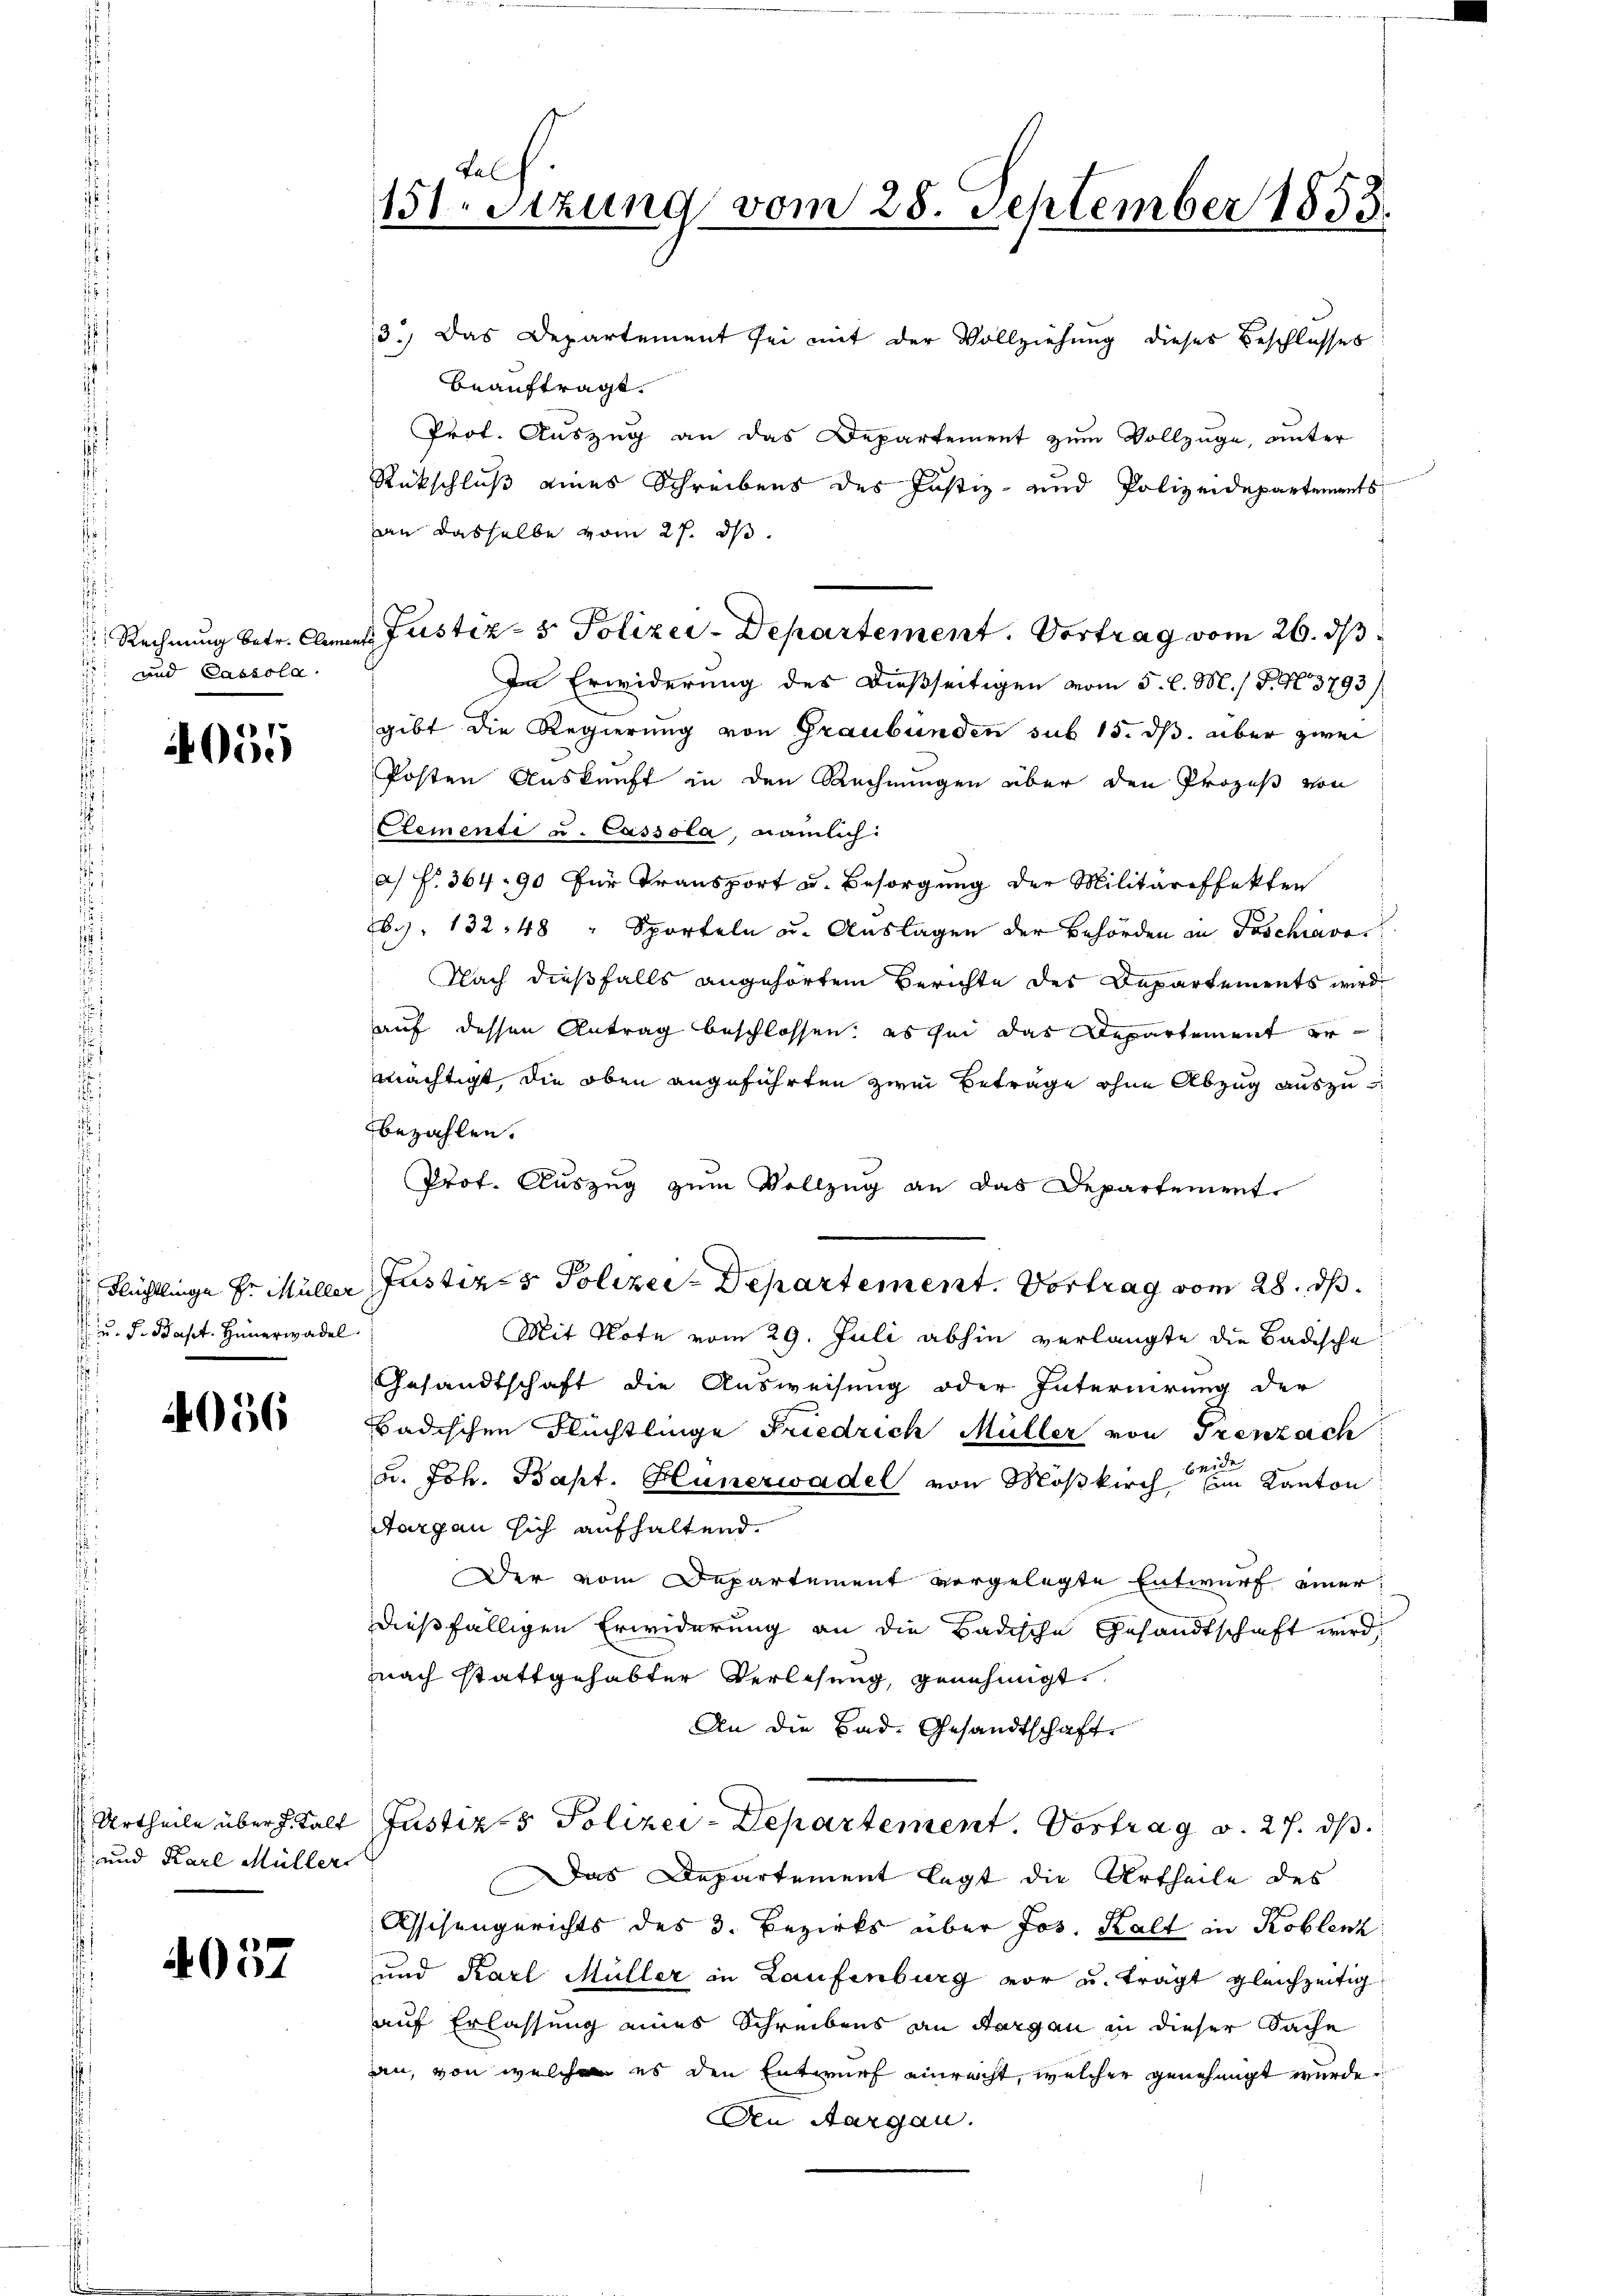
Fal
151. Sitzung vom 28. September 1853.

3.) Das Departement sei mit der Vollziehung dieser Beschlusses
beauftragt.
Prof. Auszug an das Departement zum Vollzuge, unter
Rückschluß eines Schreibens des Justiz- und Polizeidepartements
an dasselbe vom 27. ds.
 Rechnung betr. Anna Justiz- & Polizer-Departement. Vortrag vom 26. ds
In Erwiderung des dießseitigen vom 5. l. M. / P. N. 3793/
gibt die Regierung von Graubünden sub 15. ds. über zwei
Posten Auskunft in den Rechnungen über den Prozeß von
Clementi u. Cassola, nämlich:
a. f. 364. 90 für Transport u. Besorgung der Militäreffekten
6), 132, 48 " Sporteln u. Auslagen der Behörden in Poschiavo
Nach dießfalls angehörtem Berichte des Departements wird
auf dessen Antrag beschlossen, es sei das Repartement er
mächtigt, die oben angeführten zwei Beträge ohne Abzug auszubezahlen.
Prof. Auszug zum Vollzug an das Departement.
Flüchtlinge Hr. Müller Justiz- & Polizei-Departement. Vortrag vom 28. ds.
Mit Note vom 29. Juli abhin verlangte die Badische
Gesandtschaft die Ausweisung oder Internirung der
Badischen Flüchtlinge Friedrich Müller von Trenzach
u. Joh. Bapt. Hünerwadel von Moskirchen Kanton
Aargau sich aufhaltend.
Der vom Departement vorgelegte Entwurf einer
dießfälligen Erwiderung an die Badische Gesandtschaft wird,
Nach stattgehabter Verlesung, genehmigt.
An die Bad- Gesandtschaft.
Justiz- & Polizei-Departement. Vortrag v. 27. ds.
Das Departement legt die Urtheile des
Assisengerichts des 3. Bezirks über Jos. Kalt in Koblenz
und Karl Müller in Laufenburg vor u. trägt gleichzeitig
auf Erlassung eines Schreibens an Aargau in dieser Sache
an, von welchen es den Entwurf einrecht, welcher genehmigt wurde.
Den Aargau.

und Cassola
.

55

u. d. Bapt. Hünerwadel

4056

Urtheile über h. Kalt
 und Karl Müller

4057